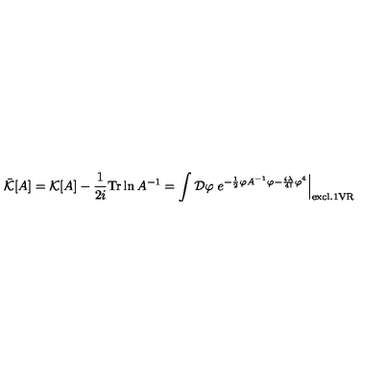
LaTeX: \bar { \cal K } [ A ] = { \cal K } [ A ] - \frac { 1 } { 2 i } \mathrm { T r } \ln A ^ { - 1 } = \int { \cal D } \varphi \left. e ^ { - \frac { 1 } { 2 } \varphi A ^ { - 1 } \varphi - \frac { i \lambda } { 4 ! } \varphi ^ { 4 } } \right| _ { \mathrm { e x c l . 1 V R } }